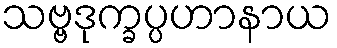
သဗ္ဗဒုက္ခပ္ပဟာနာယ